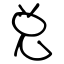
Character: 兑